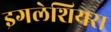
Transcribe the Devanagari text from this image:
इगलेशियस